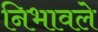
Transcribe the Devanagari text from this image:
निभावले